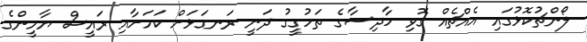
ލޯންޗުކޮޅުގައި އެއްޗެއް ގޮވި ހާދިސާގެ ތަހުގީގު ދަނީ ރަނގަޅަށް ކަމަށާއި ރައީސް ޔާމީންގެ